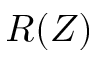
R ( Z )